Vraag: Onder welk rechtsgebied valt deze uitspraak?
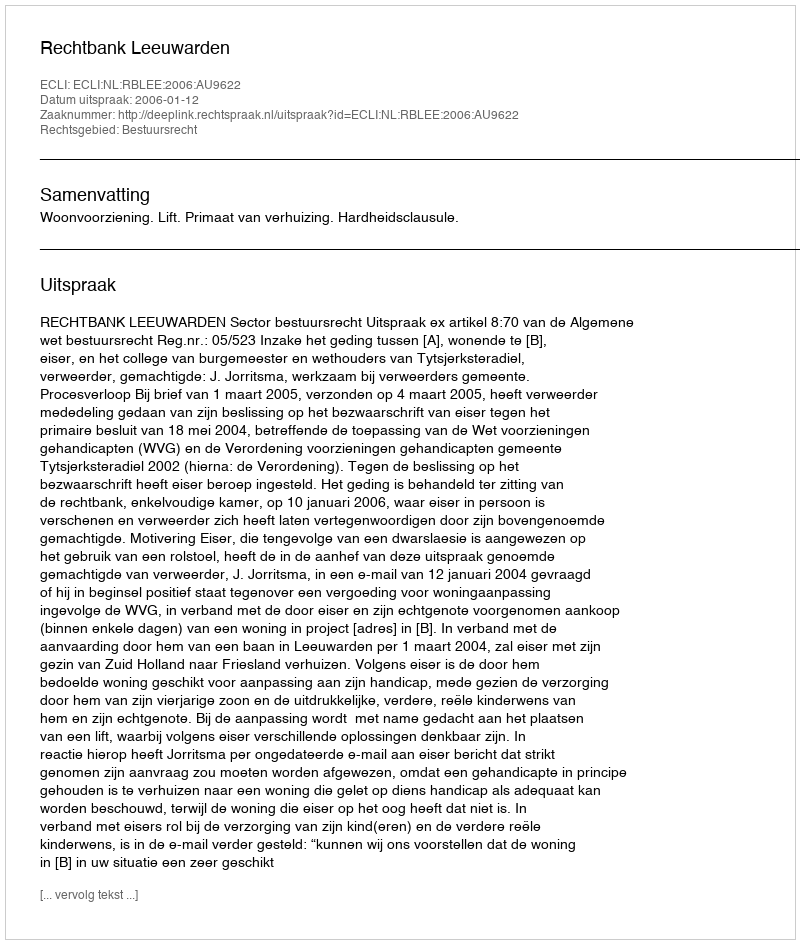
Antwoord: Bestuursrecht